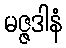
မဇ္ဇဒါနံ